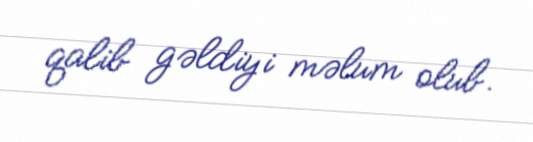
qalib gəldiyi məlum olub.